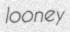
looney